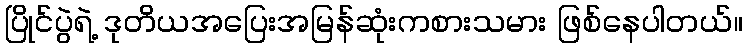
ပြိုင်ပွဲရဲ့ ဒုတိယအပြေးအမြန်ဆုံးကစားသမား ဖြစ်နေပါတယ်။